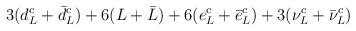
\begin{align*}3(d^c_L +\bar{d}^c_L)+6(L+\bar{L})+6(e^c_L +\bar{e}^c_L)+3(\nu^c_L +\bar{\nu}^c_L)\end{align*}